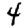
Digit: 4